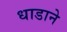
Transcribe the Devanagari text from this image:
धाडाने